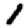
Digit: 1